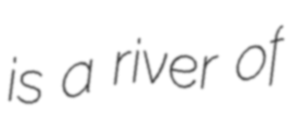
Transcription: is a river of